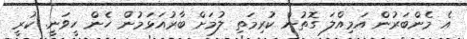
އެ މެންބަރުން އަމިއްލަ ގޮތުން ކުރިމަތި ލުމަށް ބާރުއަޅަމުން ހެން ހީވަނީ. ކުރީ